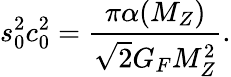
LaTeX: s_{0}^{2}c_{0}^{2}=\frac{\pi\alpha(M_{Z})}{\sqrt{2}G_{F}M_{Z}^{2}}.